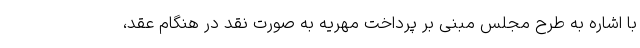
با اشاره به طرح مجلس مبنی بر پرداخت مهریه به صورت نقد در هنگام عقد،